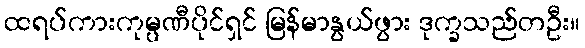
ထရပ်ကားကုမ္ပဏီပိုင်ရှင် မြန်မာနွယ်ဖွား ဒုက္ခသည်တဦး။